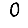
Digit: 0